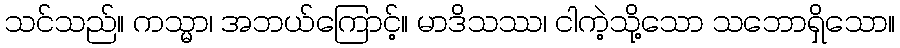
သင်သည်။ ကသ္မာ၊ အဘယ်ကြောင့်။ မာဒိသဿ၊ ငါကဲ့သို့သော သဘောရှိသော။